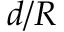
d / R